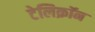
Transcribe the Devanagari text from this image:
टेलिक्रॉन